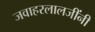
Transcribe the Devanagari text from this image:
जवाहरलालजींनी